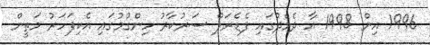
1996 އިން 1998 އާ ދެމެދުގައި ފެޑެރަލް ސަރުކާރު ހިންގުމުގައި އެކިފަހަރު މަތީން